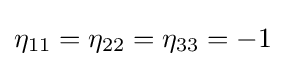
\eta _{11}=\eta _{22}=\eta _{33}=-1